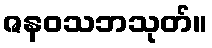
ဇနဝသဘသုတ်။